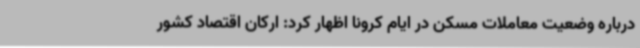
درباره وضعیت معاملات مسکن در ایام کرونا اظهار کرد: ارکان اقتصاد کشور